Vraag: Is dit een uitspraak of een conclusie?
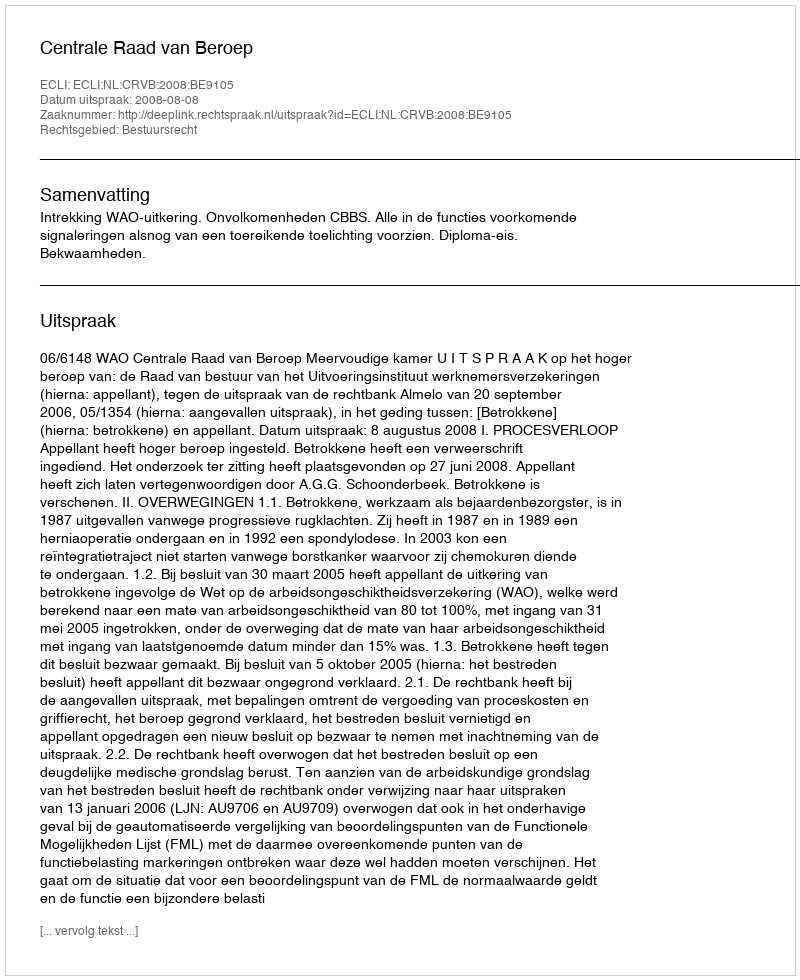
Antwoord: Uitspraak